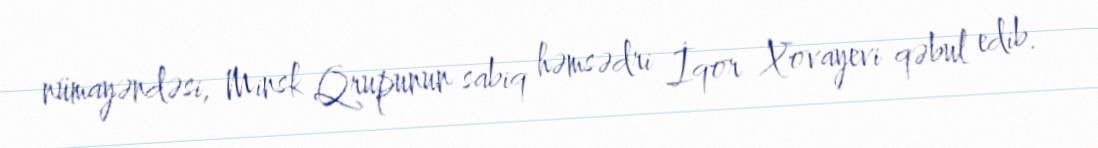
nümayəndəsi, Minsk Qrupunun sabiq həmsədri İqor Xovayevi qəbul edib.